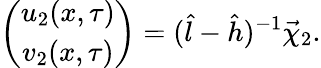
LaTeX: \left(\begin{array}{c}{{u_{2}(x,\tau)}}\\ {{v_{2}(x,\tau)}}\end{array}\right)=(\hat{l}-\hat{h})^{-1}\vec{\chi}_{2}.